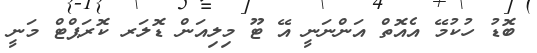
ބޮޑު ހުކުމޭ އެއޮތް އަންނަނީ އޭ ޓޫ މިލިއަން ޑޮލަރ ކޮރަޕްޓް މަނީ